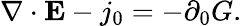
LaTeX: \nabla\cdot{\mathbf E}-j_{0}=-\partial_{0}G.